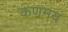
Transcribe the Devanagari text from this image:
कणमय